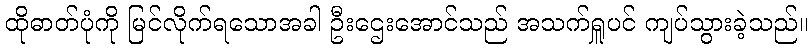
ထိုဓာတ်ပုံကို မြင်လိုက်ရသောအခါ ဦးဌေးအောင်သည် အသက်ရှူပင် ကျပ်သွားခဲ့သည်။